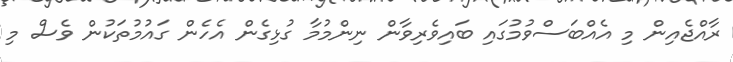
ރާއްޖެއިން މި އެއްބަސްވުމުގައި ބައިވެރިވާން ނިންމުމާ ގުޅިގެން އެހެން ގައުމުތަކުން ވެސް މި